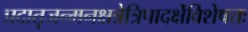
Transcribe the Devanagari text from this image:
प्रदातृजन्मनक्षत्रेत्रिपादर्क्षेविशेषतः